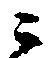
ニ